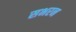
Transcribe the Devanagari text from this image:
सभरन